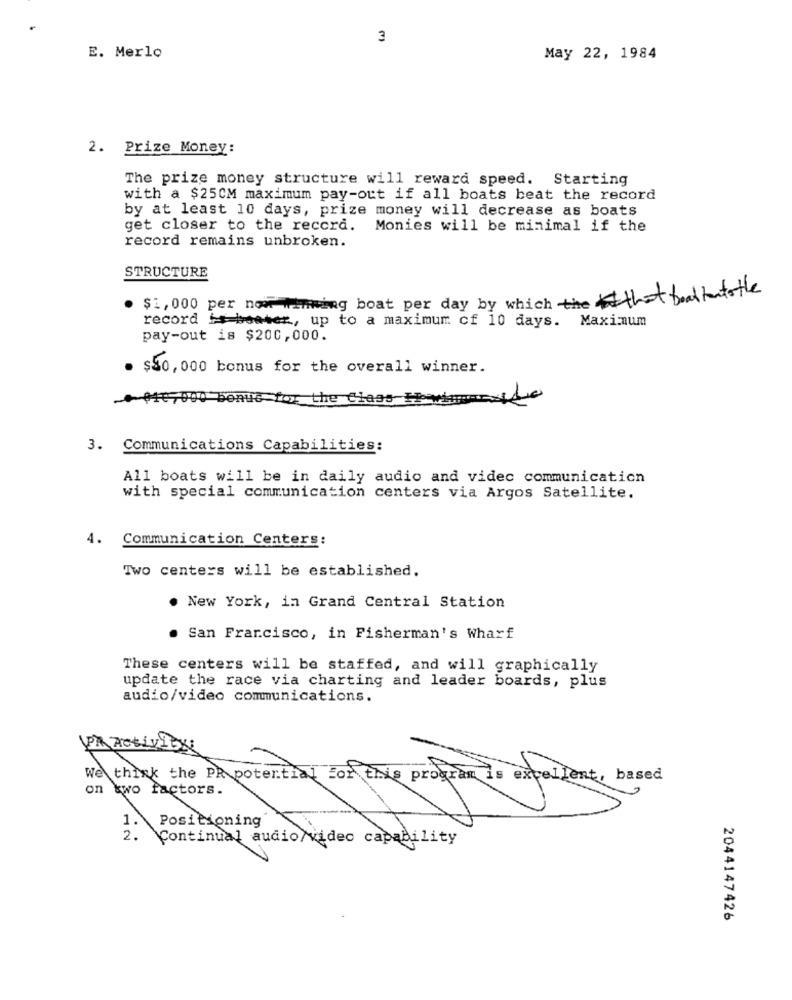
3
E. Merlo
May 22, 1984
2. Prize Money:
The prize money structure will reward speed. Starting
with a $25CM maximum pay-out if all boats beat the record
by at least 10 days, prize money will decrease as boats
get closer to the record. Monies will be minimal if the
record remains unbroken.
STRUCTURE
$1,000 per now ifmming boat per day by which the boaltatothe
record i besser, up to a maximum of 10 days. Maximum
pay-out is $200,000.
. $50,000 bonus for the overall winner.
$10,000 bonuc for the Class Hoewina
3. Communications Capabilities:
All boats will be in daily audio and video communication
with special communication centers via Argos Satellite.
4. Communication Centers:
Two centers will be established.
. New York, in Grand Central Station
. San Francisco, in Fisherman's Wharf
These centers will be staffed, and will graphically
update the race via charting and leader boards, plus
audio/video communications.
Activ
We think the PR potential for this program is excellent, based
on two factors.
1.
Positioning
2.
Continual audio/video capability
2044147426